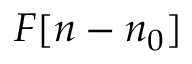
F [ n - n _ { 0 } ]